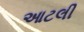
આટલી